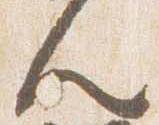
人